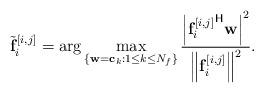
LaTeX: \begin{align*} \tilde{\mathbf{f}}_{i}^{[i,j]} = \arg \max_{ \{\mathbf{w} =\mathbf{c}_k: 1\le k \le N_f\}} \frac{\left|{\mathbf{f}_{i}^{[i,j]}}^{\mathsf{H}}\mathbf{w}\right|^2}{\left\|\mathbf{f}_{i}^{[i,j]}\right\|^2}.\end{align*}